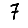
Digit: 7